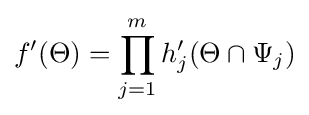
f'(\Theta )=\prod _{j=1}^{m}h'_{j}(\Theta \cap \Psi _{j})